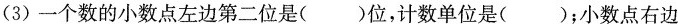
(3)一个数的小数点左边第二位是( )位，计数单位是( )；小数点右边